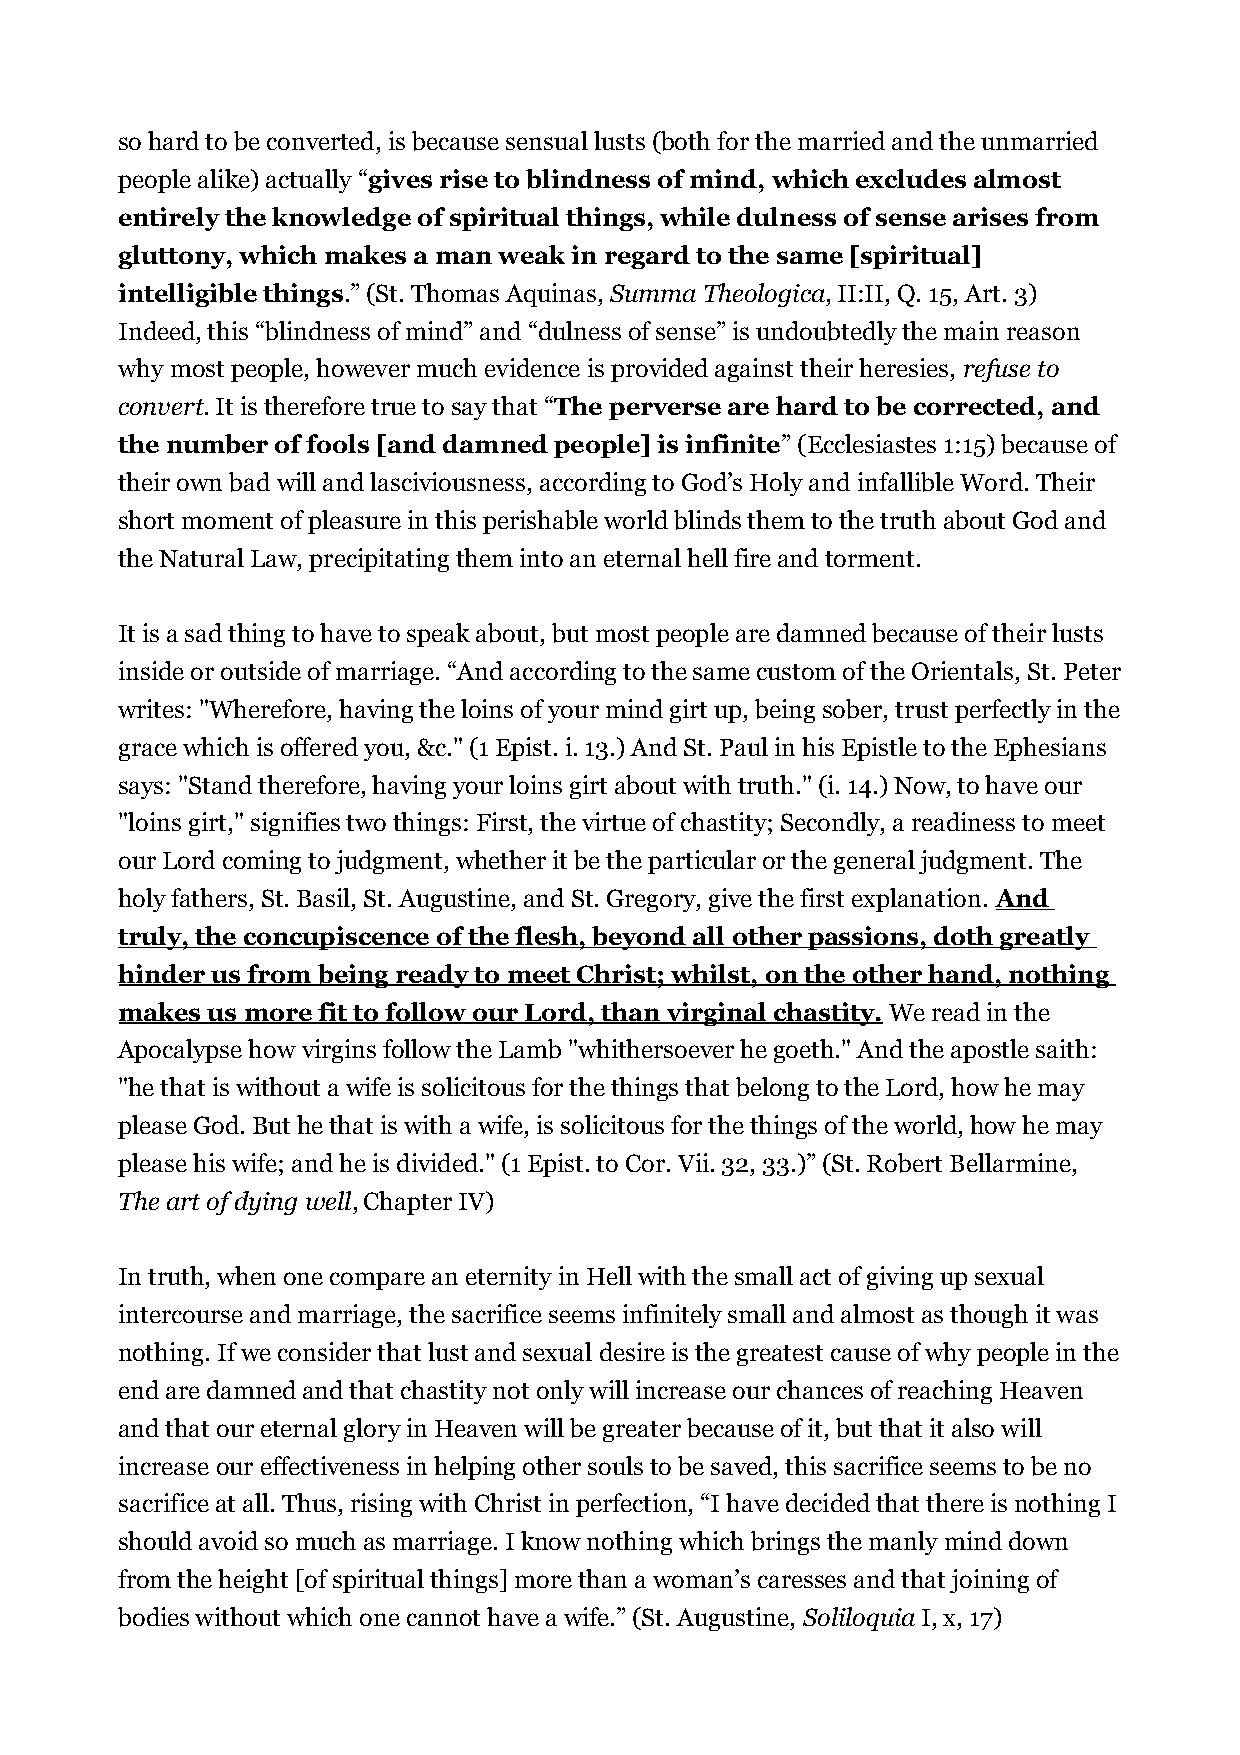
so hard to be converted, is because sensual lusts (both for the married and the unmarried
 people alike) actually “gives rise to blindness of mind, which excludes almost
 entirely the knowledge of spiritual things, while dulness of sense arises from
 gluttony, which makes a man weak in regard to the same [spiritual]
 intelligible things.” (St. Thomas Aquinas, Summa Theologica, II:II, Q. 15, Art. 3)
 Indeed, this “blindness of mind” and “dulness of sense” is undoubtedly the main reason
 why most people, however much evidence is provided against their heresies, refuse to
 convert. It is therefore true to say that “The perverse are hard to be corrected, and
 the number of fools [and damned people] is infinite” (Ecclesiastes 1:15) because of
 their own bad will and lasciviousness, according to God’s Holy and infallible Word. Their
 short moment of pleasure in this perishable world blinds them to the truth about God and
 the Natural Law, precipitating them into an eternal hell fire and torment.
 It is a sad thing to have to speak about, but most people are damned because of their lusts
 inside or outside of marriage. “And according to the same custom of the Orientals, St. Peter
 writes: "Wherefore, having the loins of your mind girt up, being sober, trust perfectly in the
 grace which is offered you, &c." (1 Epist. i. 13.) And St. Paul in his Epistle to the Ephesians
 says: "Stand therefore, having your loins girt about with truth." (i. 14.) Now, to have our
 "loins girt," signifies two things: First, the virtue of chastity; Secondly, a readiness to meet
 our Lord coming to judgment, whether it be the particular or the general judgment. The
 holy fathers, St. Basil, St. Augustine, and St. Gregory, give the first explanation. And
 truly, the concupiscence of the flesh, beyond all other passions, doth greatly
 hinder us from being ready to meet Christ; whilst, on the other hand, nothing
 makes us more fit to follow our Lord, than virginal chastity. We read in the
 Apocalypse how virgins follow the Lamb "whithersoever he goeth." And the apostle saith:
 "he that is without a wife is solicitous for the things that belong to the Lord, how he may
 please God. But he that is with a wife, is solicitous for the things of the world, how he may
 please his wife; and he is divided." (1 Epist. to Cor. Vii. 32, 33.)” (St. Robert Bellarmine,
 The art of dying well, Chapter IV)
 In truth, when one compare an eternity in Hell with the small act of giving up sexual
 intercourse and marriage, the sacrifice seems infinitely small and almost as though it was
 nothing. If we consider that lust and sexual desire is the greatest cause of why people in the
 end are damned and that chastity not only will increase our chances of reaching Heaven
 and that our eternal glory in Heaven will be greater because of it, but that it also will
 increase our effectiveness in helping other souls to be saved, this sacrifice seems to be no
 sacrifice at all. Thus, rising with Christ in perfection, “I have decided that there is nothing I
 should avoid so much as marriage. I know nothing which brings the manly mind down
 from the height [of spiritual things] more than a woman’s caresses and that joining of
 bodies without which one cannot have a wife.” (St. Augustine, Soliloquia I, x, 17)